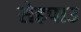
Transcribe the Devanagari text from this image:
सेहपाउ